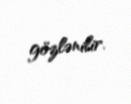
gözlənilir.